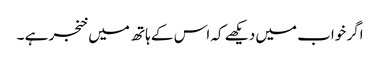
اگر خواب میں دیکھے کہ اس کے ہاتھ میں خنجر ہے ۔